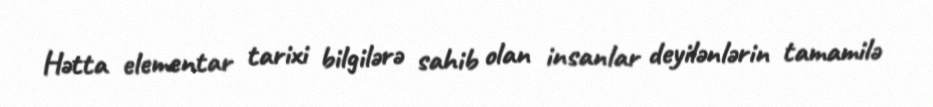
Hətta elementar tarixi bilgilərə sahib olan insanlar deyilənlərin tamamilə